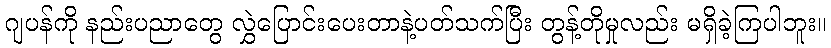
ဂျပန်ကို နည်းပညာတွေ လွှဲပြောင်းပေးတာနဲ့ပတ်သက်ပြီး တွန့်တိုမှုလည်း မရှိခဲ့ကြပါဘူး။